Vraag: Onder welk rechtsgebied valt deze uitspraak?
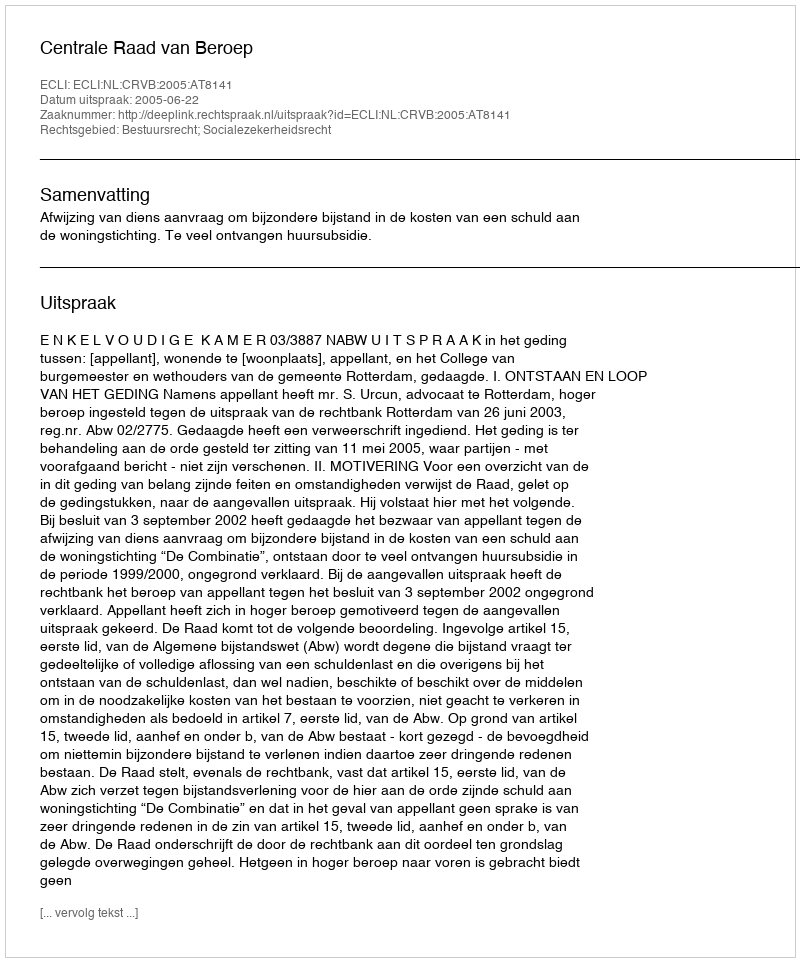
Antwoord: Bestuursrecht; Socialezekerheidsrecht